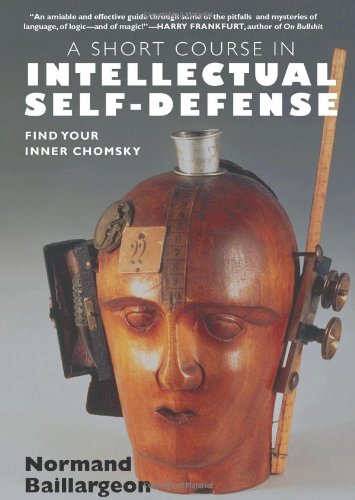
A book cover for A Short Course in Intellectual Self-Defense; Normand Baillargeon; Politics & Social Sciences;